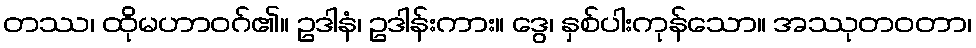
တဿ၊ ထိုမဟာဝဂ်၏။ ဥဒါနံ၊ ဥဒါန်းကား။ ဒွေ၊ နှစ်ပါးကုန်သော။ အဿုတဝတာ၊